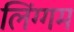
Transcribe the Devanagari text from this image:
लिंग्गम